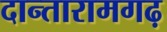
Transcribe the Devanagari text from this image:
दान्तारामगढ़